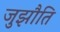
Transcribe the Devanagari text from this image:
जुझौति